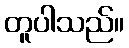
တူပါသည်။